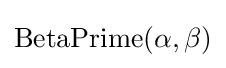
{\text{BetaPrime}}(\alpha ,\beta )